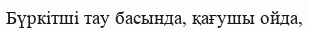
Бүркітші тау басында, қағушы ойда,